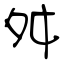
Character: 舛